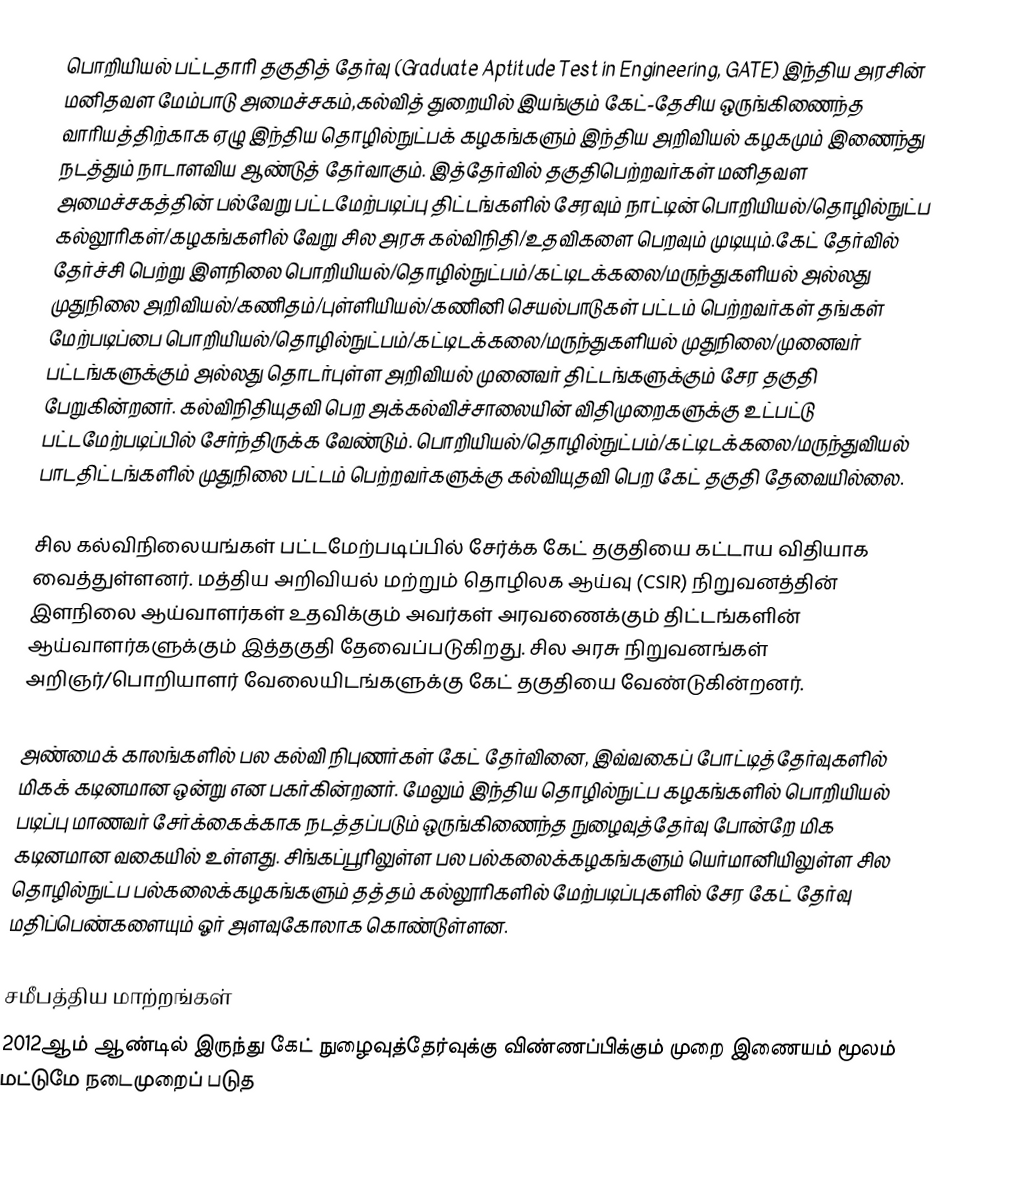
பொறியியல் பட்டதாரி தகுதித் தேர்வு (Graduate Aptitude Test in Engineering, GATE) இந்திய அரசின் மனிதவள மேம்பாடு அமைச்சகம்,கல்வித் துறையில் இயங்கும் கேட்-தேசிய ஒருங்கிணைந்த வாரியத்திற்காக ஏழு இந்திய தொழில்நுட்பக் கழகங்களும் இந்திய அறிவியல் கழகமும் இணைந்து நடத்தும் நாடாளவிய ஆண்டுத் தேர்வாகும். இத்தேர்வில் தகுதிபெற்றவர்கள் மனிதவள அமைச்சகத்தின் பல்வேறு பட்டமேற்படிப்பு திட்டங்களில் சேரவும் நாட்டின் பொறியியல்/தொழில்நுட்ப கல்லூரிகள்/கழகங்களில் வேறு சில அரசு கல்விநிதி/உதவிகளை பெறவும் முடியும்.கேட் தேர்வில் தேர்ச்சி பெற்று இளநிலை பொறியியல்/தொழில்நுட்பம்/கட்டிடக்கலை/மருந்துகளியல் அல்லது முதுநிலை அறிவியல்/கணிதம்/புள்ளியியல்/கணினி செயல்பாடுகள் பட்டம் பெற்றவர்கள் தங்கள் மேற்படிப்பை பொறியியல்/தொழில்நுட்பம்/கட்டிடக்கலை/மருந்துகளியல் முதுநிலை/முனைவர் பட்டங்களுக்கும் அல்லது தொடர்புள்ள அறிவியல் முனைவர் திட்டங்களுக்கும் சேர தகுதி பேறுகின்றனர். கல்விநிதியுதவி பெற அக்கல்விச்சாலையின் விதிமுறைகளுக்கு உட்பட்டு பட்டமேற்படிப்பில் சேர்ந்திருக்க வேண்டும்.  பொறியியல்/தொழில்நுட்பம்/கட்டிடக்கலை/மருந்துவியல் பாடதிட்டங்களில் முதுநிலை பட்டம் பெற்றவர்களுக்கு கல்வியுதவி பெற கேட் தகுதி தேவையில்லை.

சில கல்விநிலையங்கள் பட்டமேற்படிப்பில் சேர்க்க கேட் தகுதியை கட்டாய விதியாக வைத்துள்ளனர். மத்திய அறிவியல் மற்றும் தொழிலக ஆய்வு (CSIR) நிறுவனத்தின் இளநிலை ஆய்வாளர்கள் உதவிக்கும் அவர்கள் அரவணைக்கும் திட்டங்களின் ஆய்வாளர்களுக்கும் இத்தகுதி தேவைப்படுகிறது. சில அரசு நிறுவனங்கள் அறிஞர்/பொறியாளர் வேலையிடங்களுக்கு கேட் தகுதியை வேண்டுகின்றனர்.

அண்மைக் காலங்களில் பல கல்வி நிபுணர்கள் கேட் தேர்வினை, இவ்வகைப் போட்டித்தேர்வுகளில் மிகக் கடினமான ஒன்று என பகர்கின்றனர்.  மேலும் இந்திய தொழில்நுட்ப கழகங்களில் பொறியியல் படிப்பு மாணவர் சேர்க்கைக்காக நடத்தப்படும் ஒருங்கிணைந்த நுழைவுத்தேர்வு போன்றே மிக கடினமான வகையில் உள்ளது.  சிங்கப்பூரிலுள்ள பல பல்கலைக்கழகங்களும் யெர்மானியிலுள்ள சில தொழில்நுட்ப பல்கலைக்கழகங்களும் தத்தம் கல்லூரிகளில் மேற்படிப்புகளில் சேர கேட் தேர்வு மதிப்பெண்களையும் ஓர் அளவுகோலாக கொண்டுள்ளன.

சமீபத்திய மாற்றங்கள்
2012ஆம் ஆண்டில் இருந்து கேட் நுழைவுத்தேர்வுக்கு விண்ணப்பிக்கும் முறை இணையம் மூலம் மட்டுமே நடைமுறைப் படுத